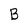
Character: B